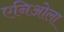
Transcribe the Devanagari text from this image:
एनिओला